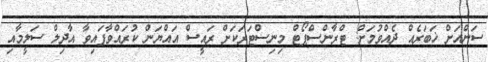
ސަންއަށް ޚަބަރެއް ދެއްވުމަށް: ޓްރާންސްޕޯޓް މިނިސްޓަރަކަށް ރައީސް އައްޔަން ކުރައްވާފައިވާ އާދިލް ސަލީމާއި